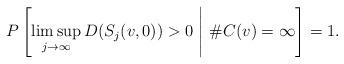
LaTeX: \begin{align*}P\left[\limsup_{j\to\infty}D(S_j(v,0))>0\ \Bigg|\ \#C(v)=\infty\right]=1.\end{align*}